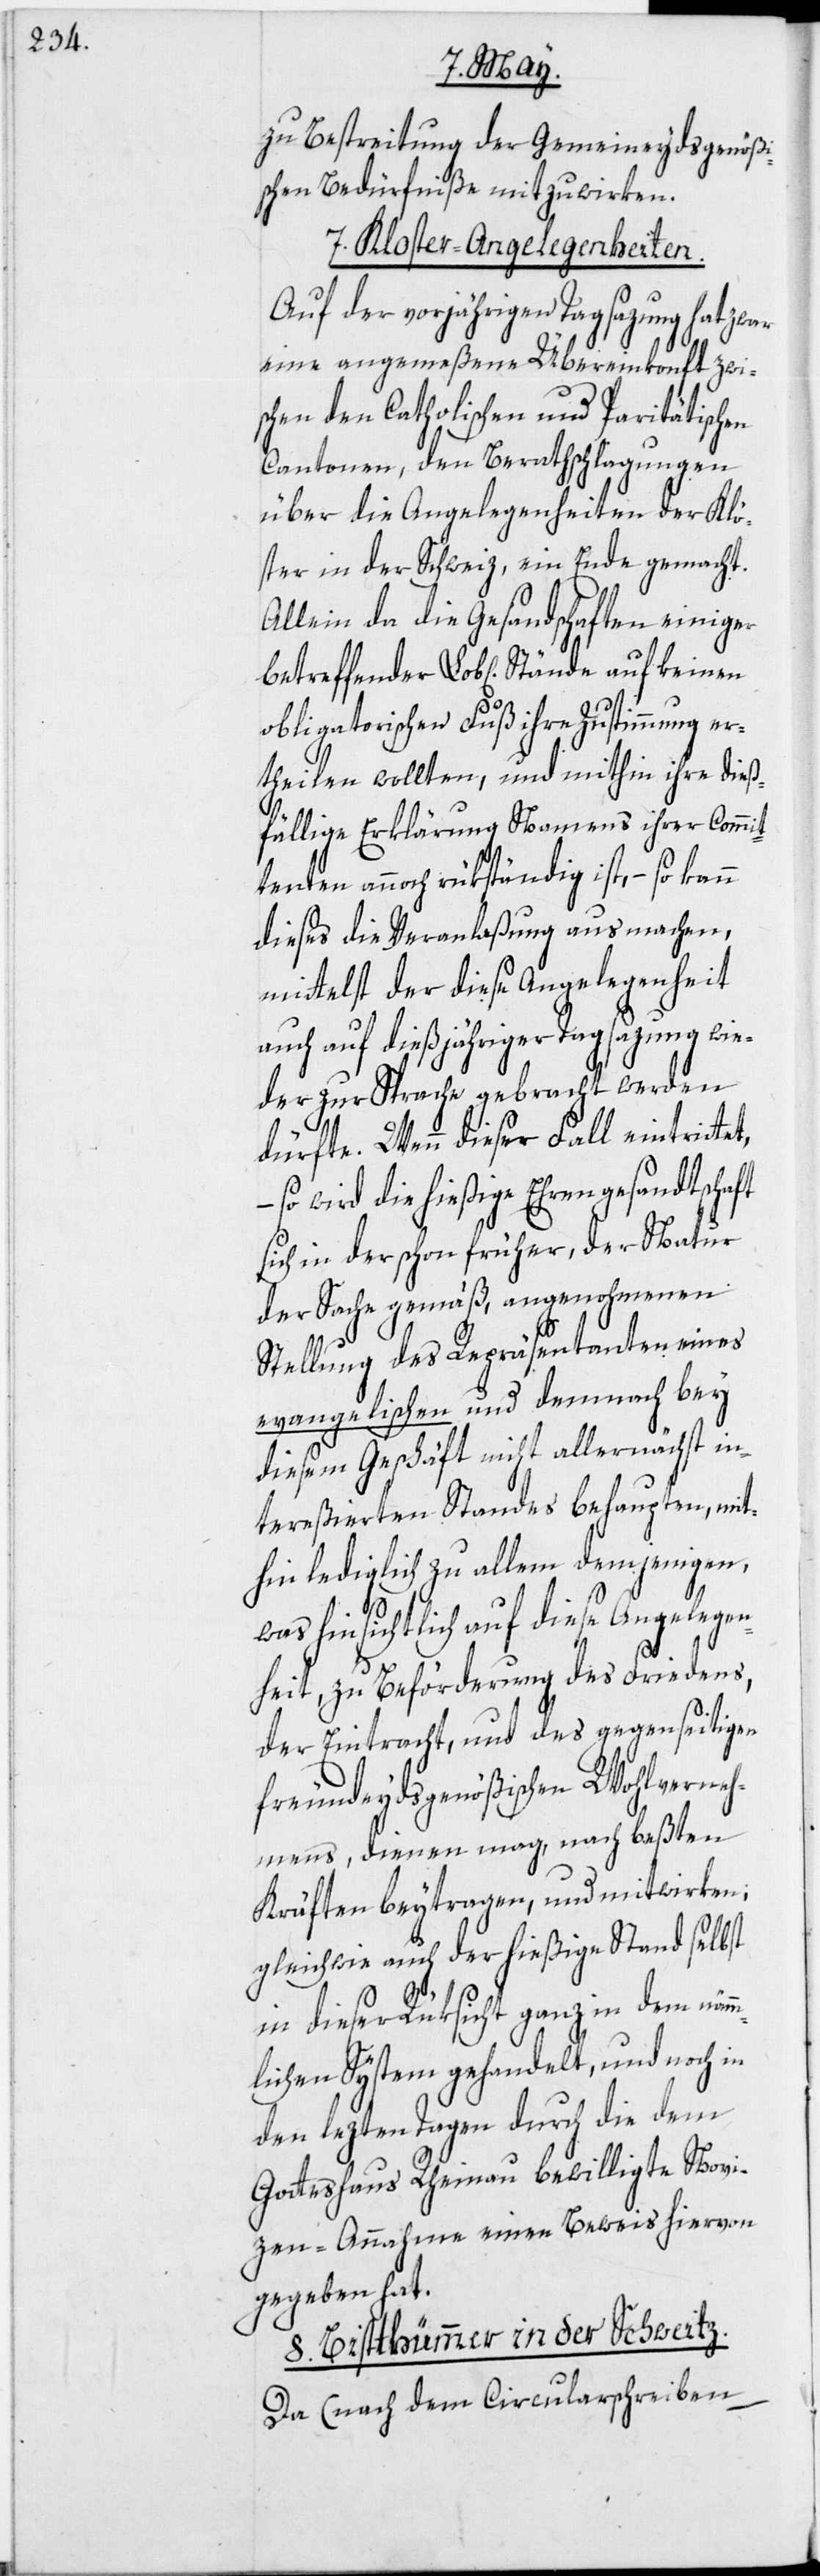
zu Bestreitung der Gemeineydsgenößi¬
schen Bedürfniße mitzuwirken.
7. Kloster-Angelegenheiten.
Auf der vorjährigen Tagsazung hat zwar
eine angemeßene Übereinkonft zwi¬
schen den Catholischen und Paritätischen
Cantonen, den Berathschlagungen
über die Angelegenheiten der Klö¬
ster in der Schweiz, eine Ende gemacht.
Allein da die Gesandschaften einiger
obligatorischen Fuß ihre Zustimmung er¬
theilen wollten, und mithin ihre dieß¬
fällige Erklärung Namens ihrer Commit¬
tenten annoch rükständig ist, – so kann
dieses die Veranlaßung ausmachen,
mittelst der diese Angelegenheit
auch auf dießjähriger Tagsazung wie¬
der zur Sprache gebracht werden
dürfte. Wenn dieser Fall eintrittet,
– so wird die hießige Ehrengesandtschaft
sich in der schon früher, der Natur
der Sache gemäß, angenohmenen
Stellung des Repräsentanten eines
evangelischen und demnach bey
diesem Geschäft nicht allernächst in¬
tereßierten Standes behaupten, mit¬
hin lediglich zu allem demjenigen,
was hinsichtlich auf diese Angelegen¬
heit, zu Beförderung des Friedens,
der Eintracht, und des gegenseitigen
freundeydsgenößischen Wohlverneh¬
mens, dienen mag, nach beßten
Kräften beytragen, und mitwirken;
gleichwie auch der hießige Stand selbst
in dieser Rüksicht ganz in dem näm¬
mlichen System gehandelt, und noch in
den lezten Tagen durch die dem
Gotteshaus Rheinau bewilligte Novi¬
zen-Annahme einen Beweis hiervon
gegeben hat.
8. Bistthümmer in der Schweitz.
Da (nach dem Circularschreiben